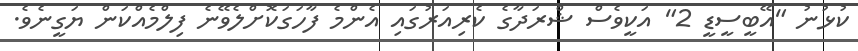
ކުޅުނު "އޭބީސީޑީ 2" އަކީވެސް ޝްރަދާގެ ކެރިއަރުގައި އެންމެ ފާހަގަކޮށްލެވޭނެ ފިލްމެއްކަން ޔަގީނެވެ.